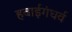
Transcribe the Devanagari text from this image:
हवाईगंधर्व